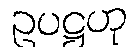
ဥပဋ္ဌဟု